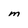
Character: M